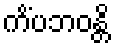
ကိံပဘဝန္တိ